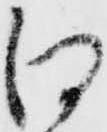
江